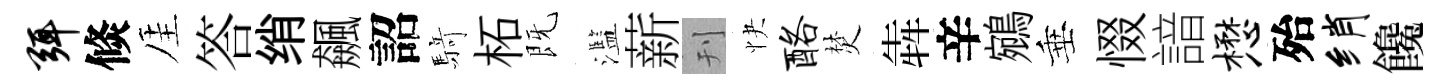
弭倐厓答绡飆詔𮪍柘既濫薪刊快酪焚犇辛鵷垂惙諳懋殆绡饞